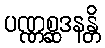
ပဏ္ဏစ္ဆဒနန္တိ